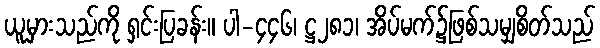
ယူမှားသည်ကို ရှင်းပြခန်း။ ပါ-၄၄၆၊ ဋ္ဌ၂၈၁၊ အိပ်မက်၌ဖြစ်သမျှစိတ်သည်